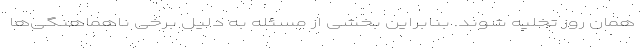
همان روز تخلیه شوند. بنابراین بخشی از مسئله به دلیل برخی ناهماهنگی‌ها